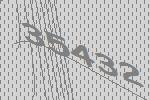
35432